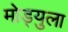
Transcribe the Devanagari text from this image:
मोड्युला